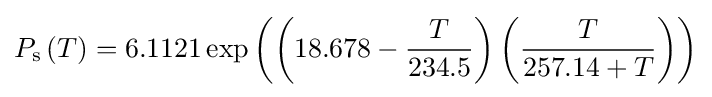
P_{\mathrm {s} }\left(T\right)=6.1121\exp \left(\left(18.678-{\frac {T}{234.5}}\right)\left({\frac {T}{257.14+T}}\right)\right)